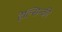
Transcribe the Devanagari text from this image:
हेल्सिन्की